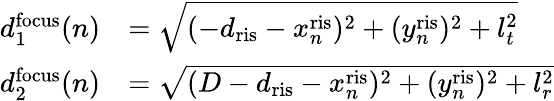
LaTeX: \begin{array}{rl}{d_{1}^{\mathrm{focus}}(n)}&{=\sqrt{(-d_{\mathrm{ris}}-x_{n}^{\mathrm{ris}})^{2}+(y_{n}^{\mathrm{ris}})^{2}+l_{t}^{2}}}\\ {d_{2}^{\mathrm{focus}}(n)}&{=\sqrt{(D-d_{\mathrm{ris}}-x_{n}^{\mathrm{ris}})^{2}+(y_{n}^{\mathrm{ris}})^{2}+l_{r}^{2}}}\end{array}